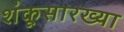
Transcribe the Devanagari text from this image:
शंकूसारख्या